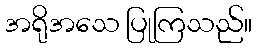
အရိုအသေ ပြုကြသည်။